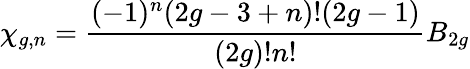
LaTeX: \chi_{g,n}={\frac{(-1)^{n}(2g-3+n)!(2g-1)}{(2g)!n!}}B_{2g}